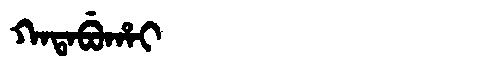
Manchu: ᡴᠠᡨᠠᠪᡠᡥᠠᡳ
Romanization: KATABUHAI